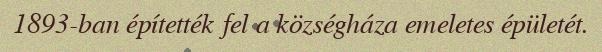
1893-ban építették fel a községháza emeletes épületét.